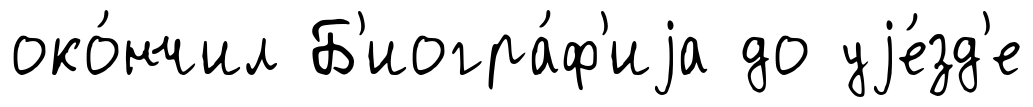
око́нчил Б'иогра́ф'иjа до уjе́зд'е